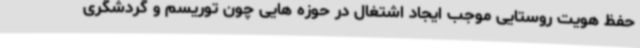
حفظ هویت روستایی موجب ایجاد اشتغال در حوزه هایی چون توریسم و گردشگری